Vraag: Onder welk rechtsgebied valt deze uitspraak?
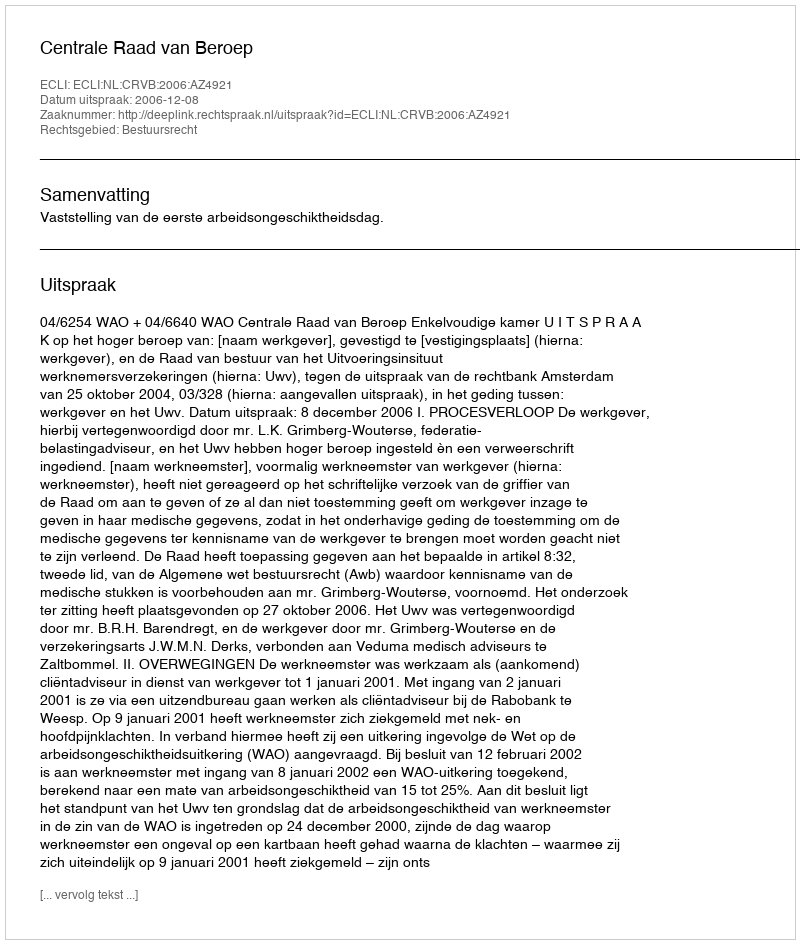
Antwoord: Bestuursrecht